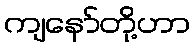
ကျနော်တို့ဟာ